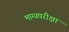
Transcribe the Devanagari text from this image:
भाग्यपरीक्षा